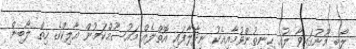
ލޯބި މޫނުގައިވާ ލުއި ހިނިތުންވުމާއިއެކު ނިދާލާފައި އޮތްލެއް މައުސޫމްކަމުން އާލިކްގެ ހިތް ލޯބިން